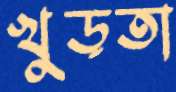
খুড়তা